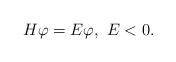
LaTeX: \begin{align*} H\varphi = E \varphi, \ E<0.\end{align*}